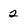
Character: 2